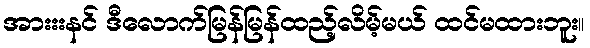
အားးးနင် ဒီလောက်မြန်မြန်ထည့်လိမ့်မယ် ထင်မထားဘူး။